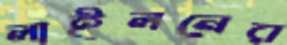
লাইলনের